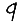
Digit: 9